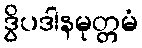
ဒွိပဒါနမုတ္တမံ